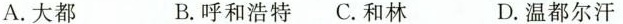
A.大都 B.呼和浩特 C.和林 D.温都尔汗